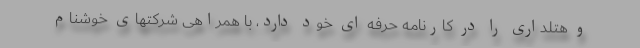
و هتلداری را در کارنامه حرفه ای خود دارد، با همراهی شرکتهای خوشنام